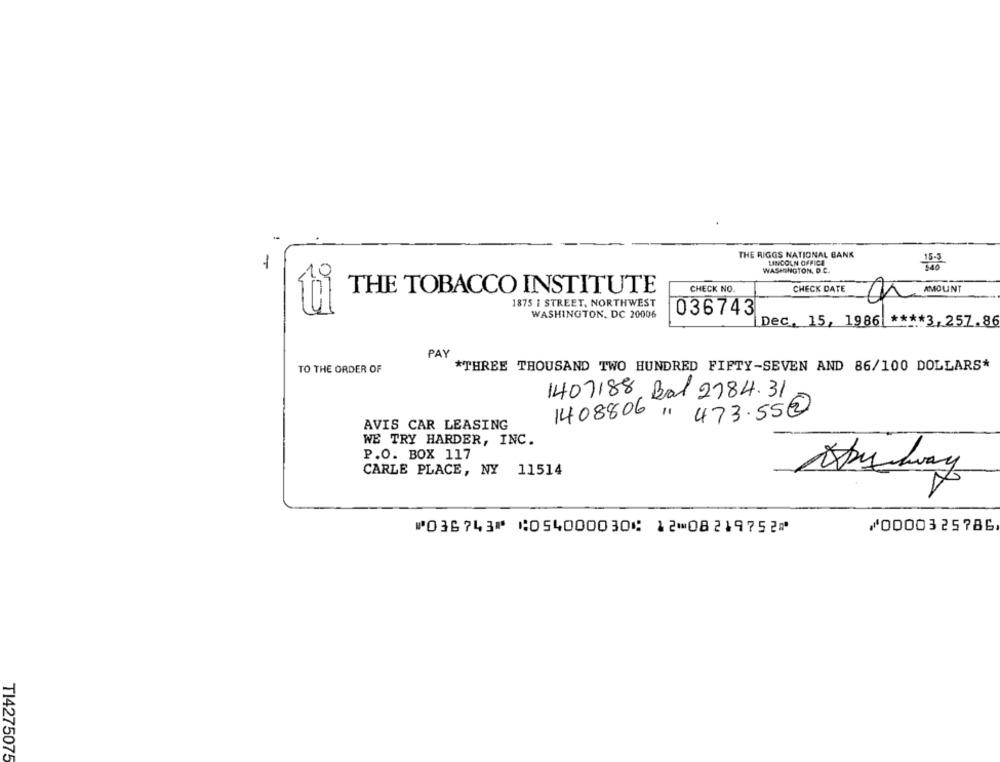
THE RIGGS NATIONAL BANK
-
LINCOLN OFFICE
WASHINGTON, D.C.
CHECK NO.
CHECK DATE
THE TOBACCO INSTITUTE
1875 1 STREET, NORTHWEST
a MOUNT
036743
WASHINGTON, DC 20006
Dec. 15, 1986 | **** 3, 257.86
PAY
TO THE ORDER OF
*THREE THOUSAND TWO HUNDRED FIFTY-SEVEN AND 86/100 DOLLARS*
1407188, Bal 2784.31
1408806 / 473.55@
AVIS CAR LEASING
WE TRY HARDER, INC.
P.O. BOX 117
CARLE PLACE, NY 11514
⑈036743⑈ ⑆054000030⑆ 12⑉08219752⑈
⑇0000325786
TI4275075